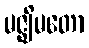
မဇ္ဈိမတော